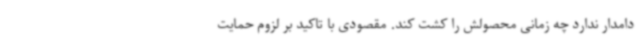
دامدار ندارد چه زمانی محصولش را کشت کند. مقصودی با تاکید بر لزوم حمایت